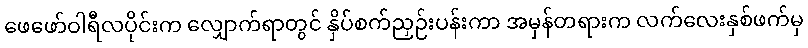
ဖေဖော်ဝါရီလပိုင်းက လျှောက်ရာတွင် နှိပ်စက်ညှဉ်းပန်းကာ အမှန်တရားက လက်လေးနှစ်ဖက်မှ